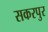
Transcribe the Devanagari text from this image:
सकरपुर